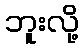
ဘူးလို့